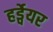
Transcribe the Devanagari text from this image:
हर्ड्वेयर